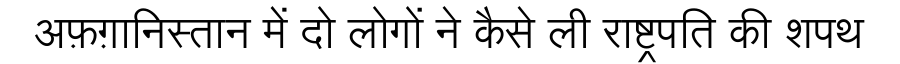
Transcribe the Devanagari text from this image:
अफ़ग़ानिस्तान में दो लोगों ने कैसे ली राष्ट्रपति की शपथ